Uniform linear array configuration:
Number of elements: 8
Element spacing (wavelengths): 0.25
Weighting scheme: cosine
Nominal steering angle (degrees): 30
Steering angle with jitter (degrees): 30.577
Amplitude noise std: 0.05
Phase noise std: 0.05

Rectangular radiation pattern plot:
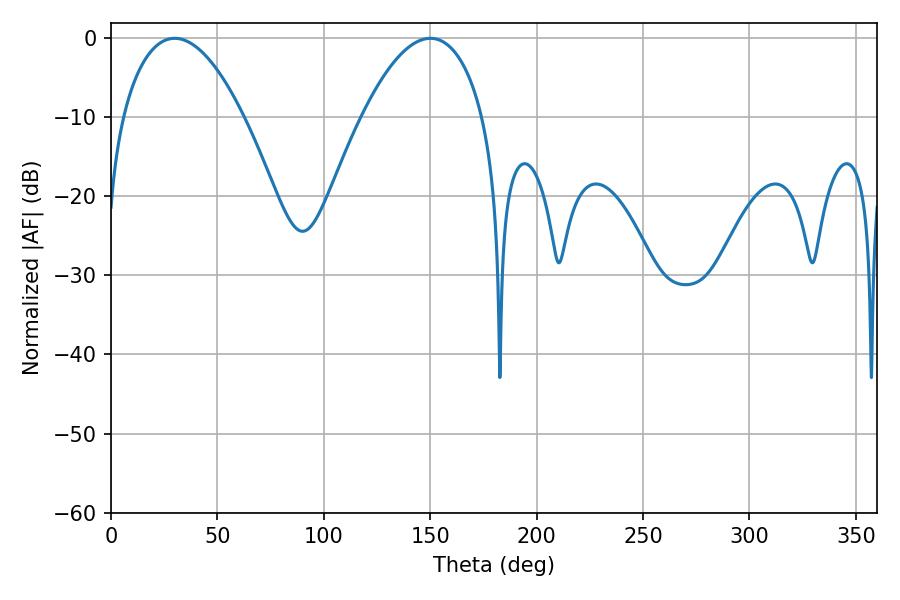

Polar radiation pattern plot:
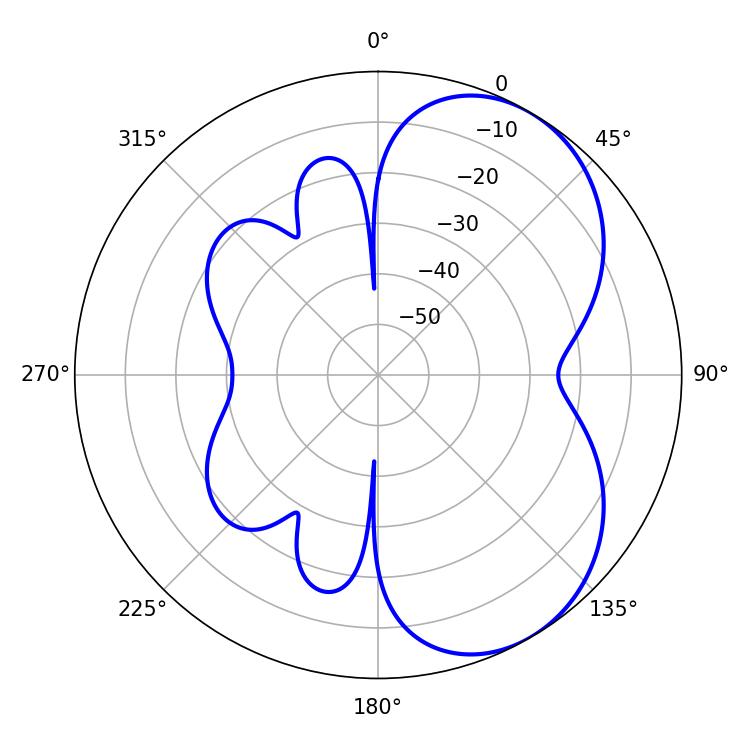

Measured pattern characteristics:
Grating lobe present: FALSE
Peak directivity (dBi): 5.211
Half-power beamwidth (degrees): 31.68
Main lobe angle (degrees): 29.88